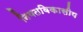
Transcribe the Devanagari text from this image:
नियतविकासीय